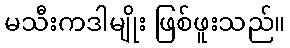
မသီးကဒါမျိုး ဖြစ်ဖူးသည်။